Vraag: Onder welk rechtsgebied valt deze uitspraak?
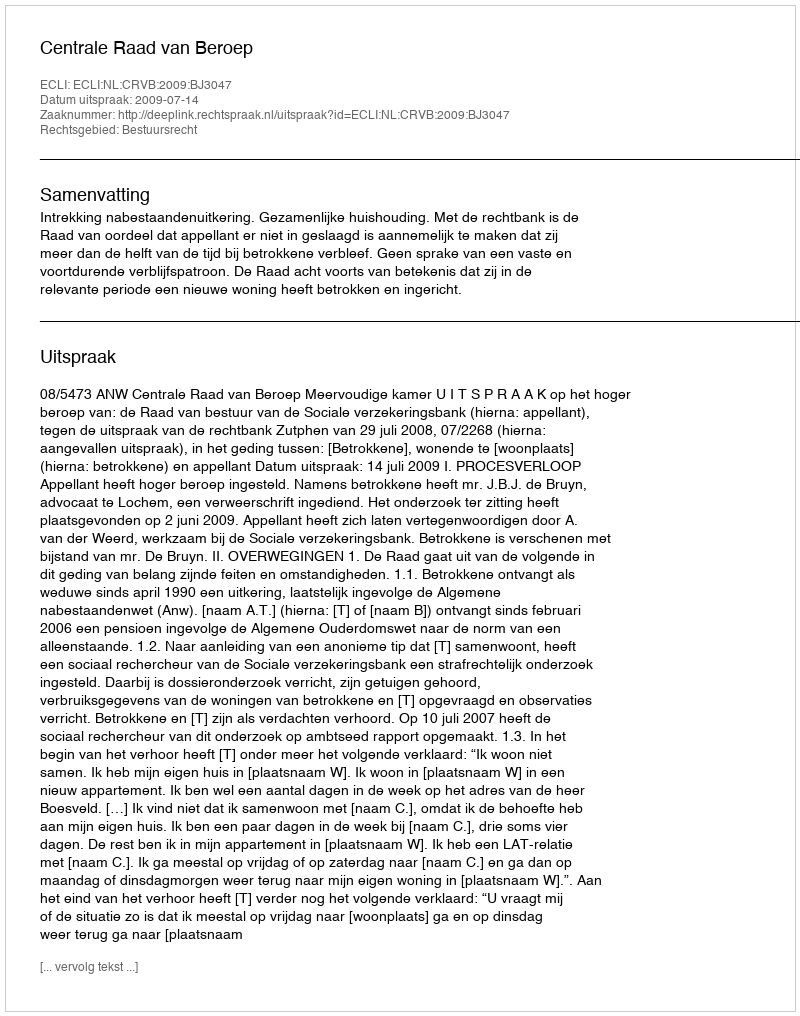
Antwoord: Bestuursrecht